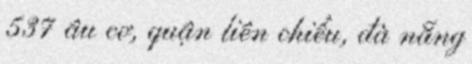
537 âu cơ, quận liên chiểu, đà nẵng